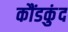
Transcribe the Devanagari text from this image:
कौंडकुंद